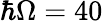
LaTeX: \hbar\Omega=40